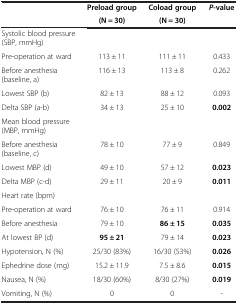
|  | Preload group | Coload group | P-value |
 |  | (N = 30) | (N = 30) |  |
 | --- | --- | --- | --- |
 | Systolic blood pressure (SBP, mmHg) |  |  |  |
 | Pre-operation at ward | 113 ± 11 | 111 ± 11 | 0.433 |
 | Before anesthesia (baseline, a) | 116 ± 13 | 113 ± 8 | 0.262 |
 | Lowest SBP (b) | 82 ± 13 | 88 ± 12 | 0.093 |
 | Delta SBP (a-b) | 34 ± 13 | 25 ± 10 | 0.002 |
 | Mean blood pressure (MBP, mmHg) |  |  |  |
 | Before anesthesia (baseline, c) | 78 ± 10 | 77 ± 9 | 0.849 |
 | Lowest MBP (d) | 49 ± 10 | 57 ± 12 | 0.023 |
 | Delta MBP (c-d) | 29 ± 11 | 20 ± 9 | 0.011 |
 | Heart rate (bpm) |  |  |  |
 | Pre-operation at ward | 76 ± 10 | 76 ± 11 | 0.914 |
 | Before anesthesia | 79 ± 10 | 86 ± 15 | 0.035 |
 | At lowest BP (d) | 95 ± 21 | 79 ± 14 | 0.023 |
 | Hypotension, N (%) | 25/30 (83%) | 16/30 (53%) | 0.026 |
 | Ephedrine dose (mg) | 15.2 ± 11.9 | 7.5 ± 8.6 | 0.015 |
 | Nausea, N (%) | 18/30 (60%) | 8/30 (27%) | 0.019 |
 | Vomiting, N (%) | 0 | 0 | - |